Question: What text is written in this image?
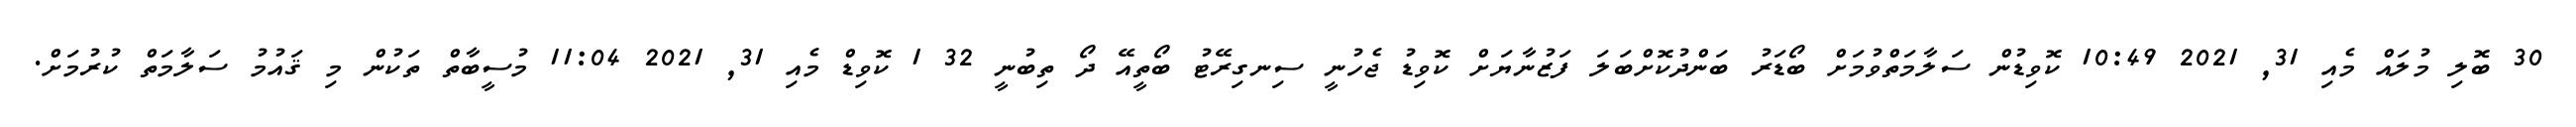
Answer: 30 ބޮލި މުލައް މެއި 31, 2021 10:49 ކޮވިޑުން ސަލާމަތްވުމަށް ބޯޑަރު ބަންދުކޮށްބަލަ ފަޒުނާޔަށް ކޮވިޑު ޖެހުނީ ސިނގިރޭޓު ބޯތީއޭ ދޯ ތިބުނީ 32 1 ކޮވިޑް މެއި 31, 2021 11:04 މުސީބާތް ތަކުން މި ޤައުމު ސަލާމަތް ކުރުމަށް.